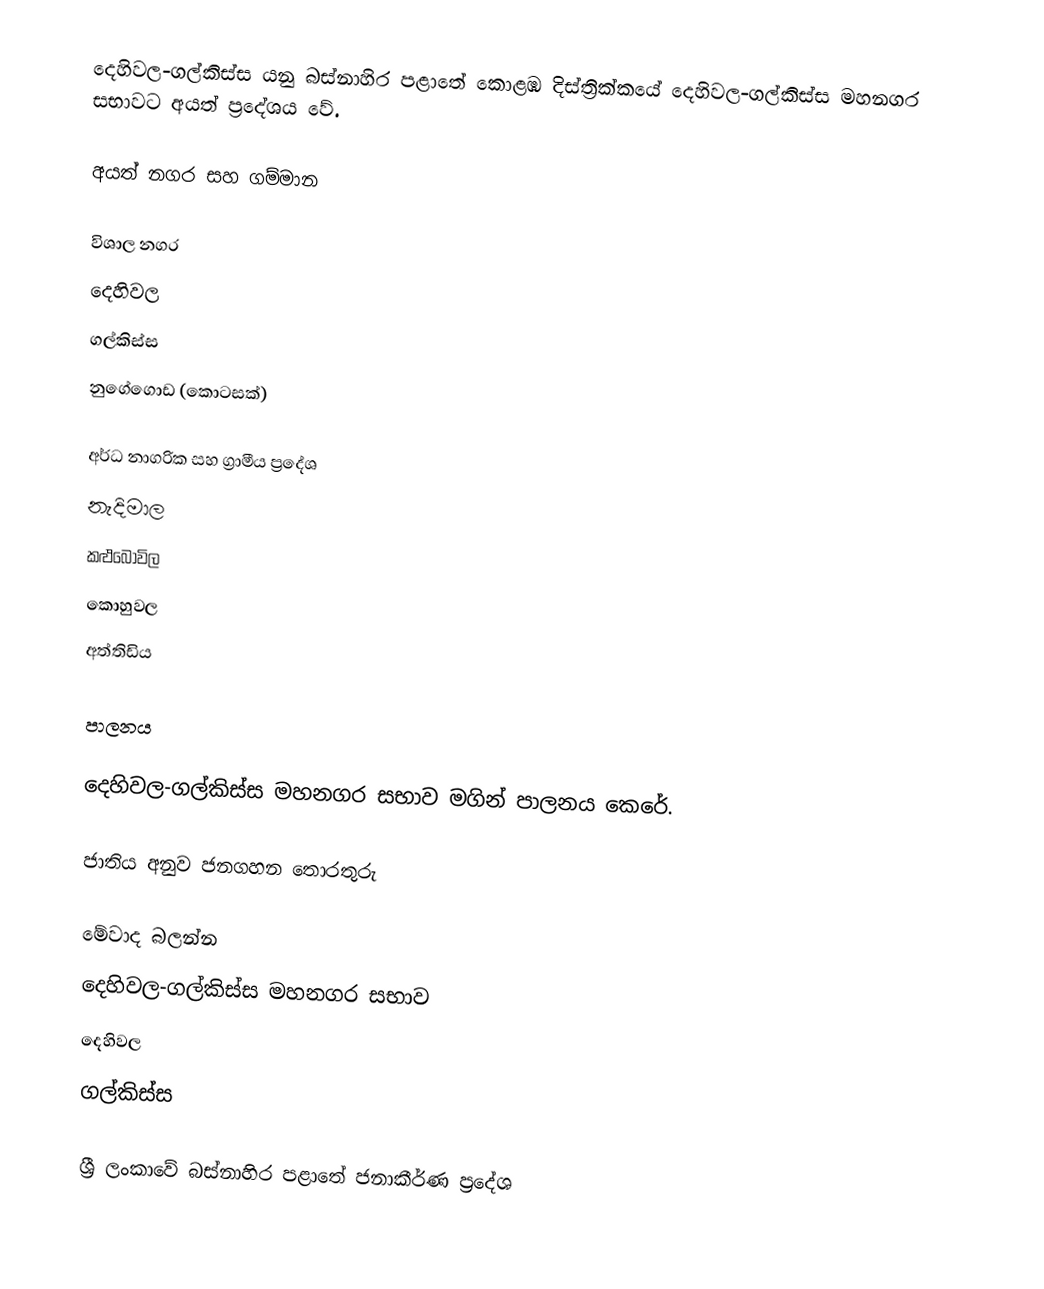
දෙහිවල-ගල්කිස්ස යනු බස්නාහිර පළාතේ  කොළඹ දිස්ත්‍රික්කයේ දෙහිවල-ගල්කිස්ස මහනගර සභාවට අයත් ප්‍රදේශය වේ.

අයත් නගර සහ ගම්මාන

විශාල නගර
 දෙහිවල
 ගල්කිස්ස
 නුගේගොඩ (කොටසක්)

අර්ධ නාගරික සහ ග්‍රාමීය ප්‍රදේශ
 නැදිමාල
 කළුබෝවිල
 කොහුවල
 අත්තිඩිය

පාලනය

දෙහිවල-ගල්කිස්ස මහනගර සභාව මගින් පාලනය කෙරේ.

ජාතිය අනුව ජනගහන තොරතුරු

මේවාද බලන්න
 දෙහිවල-ගල්කිස්ස මහනගර සභාව
 දෙහිවල
 ගල්කිස්ස

ශ්‍රී ලංකාවේ බස්නාහිර පළාතේ ජනාකීර්ණ ප්‍රදේශ